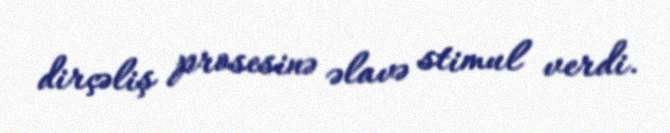
dirçəliş prosesinə əlavə stimul verdi.